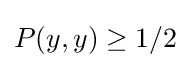
P(y,y)\geq 1/2